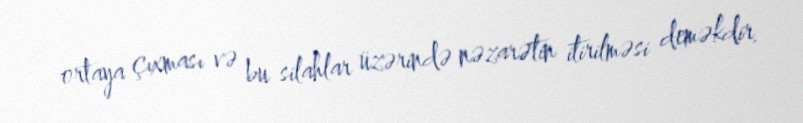
ortaya çıxması və bu silahlar üzərində nəzarətin itirilməsi deməkdir.